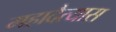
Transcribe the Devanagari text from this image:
महादैत्यास